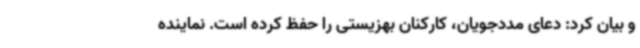
و بیان کرد: دعای مددجویان، کارکنان بهزیستی را حفظ کرده است. نماینده